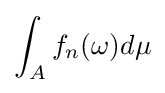
\int _{A}f_{n}(\omega )d\mu